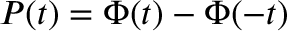
P ( t ) = \Phi ( t ) - \Phi ( - t )